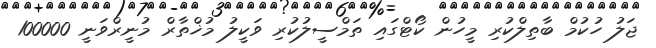
ޖަލު ހުކުމް ބާތިލްކުރި މީހުން ކޯޓްގައި ތަމްސީލުކުރި ވަކީލު މުޚްތާރް މުނީރްވަނީ 100000